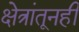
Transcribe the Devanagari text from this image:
क्षेत्रांतूनही